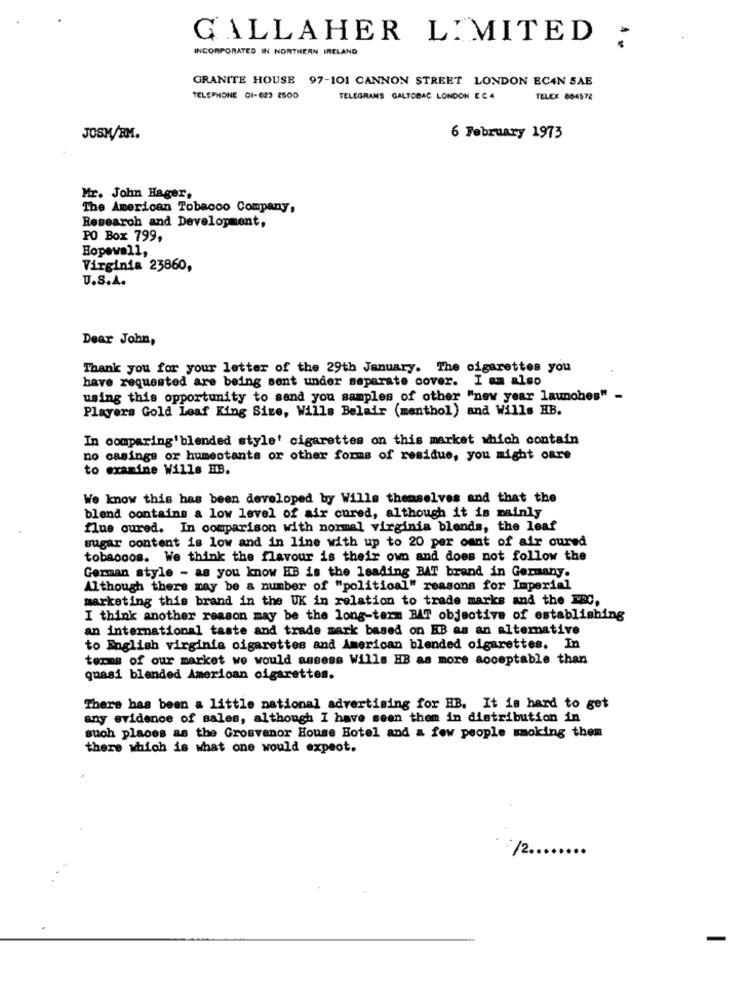
GALLAHER LIMITED
INCORPORATED IN NORTHERN IRELAND
GRANITE HOUSE 97-101 CANNON STREET LONDON ECAN 5AE
TELEPHONE 01-623 2500
TELEGRAMS GALTOBAC LONDON EC4
TELEX 864572
JOSH/RM.
6 February 1973
Mr. John Hager,
The American Tobacco Company,
Research and Development,
PO Box 799,
Hopewell,
Virginia 23860,
U.S.A.
Dear John,
Thank you for your letter of the 29th January. The cigarettes you
have requested are being sent under separate cover. I am also
using this opportunity to send you samples of other "new year launches" -
Players Gold Leaf King Size, Wills Belair (menthol) and Wills HB.
In comparing'blended style' cigarettes on this market which contain
no casings or humeotants or other forms of residue, you might care
to examine Wills HB.
We know this has been developed by Wills themselves and that the
blend contains a low level of air cured, although it is mainly
flue oured. In comparison with normal virginia blends, the leaf
sugar content is low and in line with up to 20 per oant of air cured
tobaccos. We think the flavour is their own and does not follow the
German style - as you know HB is the leading BAT brand in Germany.
Although there may be a number of "political" reasons for Imperial
marketing this brand in the UK in relation to trade marks and the FBC,
I think another reason may be the long-term BAT objective of establishing
an international taste and trade mark based on HB as an alternative
to English virginia cigarettes and American blended cigarettes. In
terms of our market we would assess Wills HB as more acceptable than
quasi blended American cigarettes.
There has been a little national advertising for HB. It is hard to get
any evidence of sales, although I have seen them in distribution in
such places as the Grosvenor House Hotel and a few people smoking them
there which is what one would expect.
-